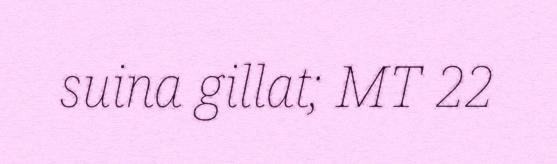
suina gillat; MT 22